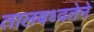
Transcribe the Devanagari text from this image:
तालबध्दतेने